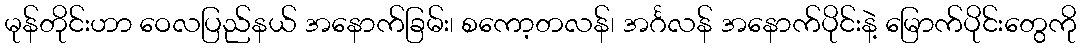
မုန်တိုင်းဟာ ဝေလပြည်နယ် အနောက်ခြမ်း၊ စကော့တလန်၊ အင်္ဂလန် အနောက်ပိုင်းနဲ့ မြောက်ပိုင်းတွေကို